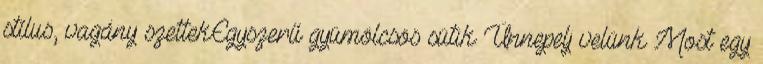
stílus, vagány szettekEgyszerű gyümölcsös sütik Ünnepelj velünk Most egy